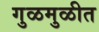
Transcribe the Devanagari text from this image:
गुळमुळीत